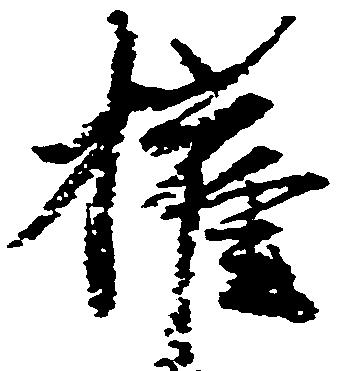
権